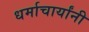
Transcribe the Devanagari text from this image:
धर्माचार्यांनी